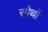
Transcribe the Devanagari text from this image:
स्पेथों